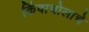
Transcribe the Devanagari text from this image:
किंवाचोलाचे